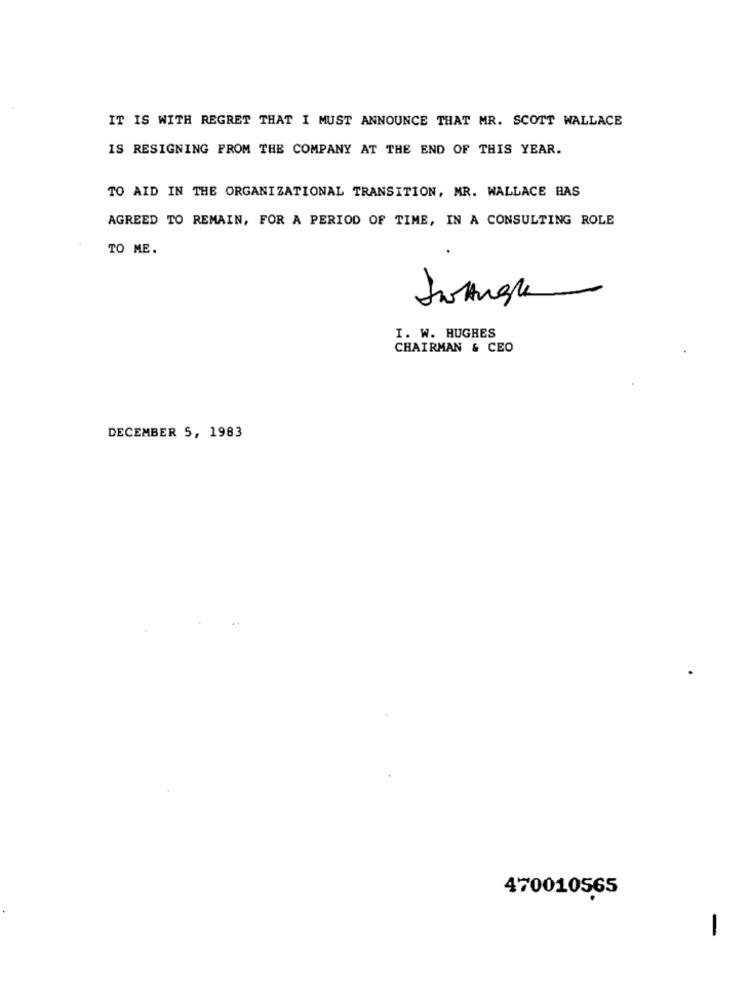
IT IS WITH REGRET THAT I MUST ANNOUNCE THAT MR. SCOTT WALLACE
IS RESIGNING FROM THE COMPANY AT THE END OF THIS YEAR.
TO AID IN THE ORGANIZATIONAL TRANSITION, MR. WALLACE HAS
AGREED TO REMAIN, FOR A PERIOD OF TIME, IN A CONSULTING ROLE
TO ME.
I. W. HUGHES
CHAIRMAN & CEO
DECEMBER 5, 1983
470010565
1